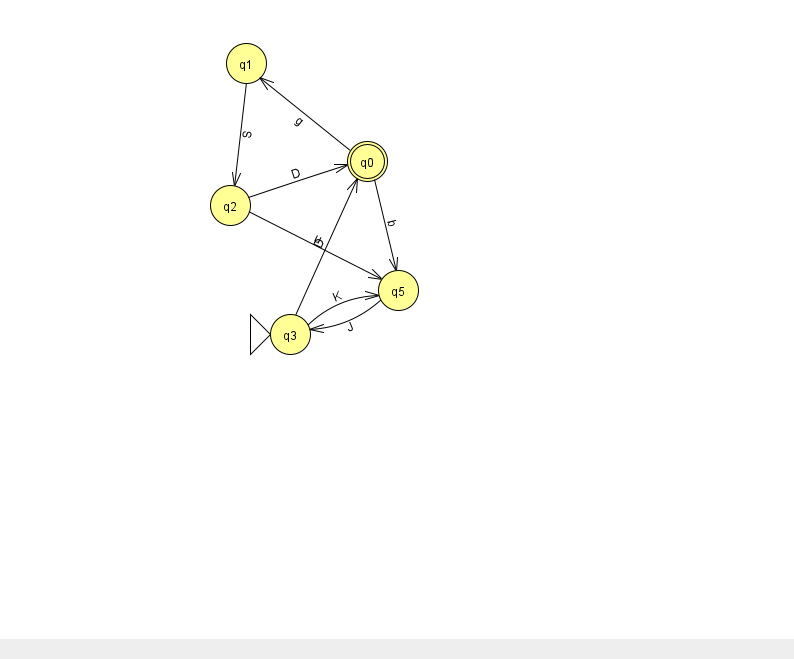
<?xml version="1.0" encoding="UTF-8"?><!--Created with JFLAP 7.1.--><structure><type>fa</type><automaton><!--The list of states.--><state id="0" name="q0"><x>367.0</x><y>148.0</y><final/></state><state id="1" name="q1"><x>246.0</x><y>50.0</y></state><state id="2" name="q2"><x>230.0</x><y>192.0</y></state><state id="3" name="q3"><x>290.0</x><y>321.0</y><initial/></state><state id="5" name="q5"><x>398.0</x><y>277.0</y></state><!--The list of transitions.--><transition><from>0</from><to>5</to><read>b</read></transition><transition><from>3</from><to>5</to><read>K</read></transition><transition><from>0</from><to>1</to><read>g</read></transition><transition><from>5</from><to>3</to><read>J</read></transition><transition><from>2</from><to>5</to><read>u</read></transition><transition><from>2</from><to>0</to><read>D</read></transition><transition><from>3</from><to>0</to><read>D</read></transition><transition><from>1</from><to>2</to><read>S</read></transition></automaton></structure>